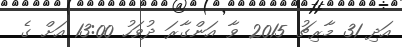
އަދި 31 މާރިޗު 2015 ވާ އަންގާރަ ދުވަހު 13:00 އަށް ގެ